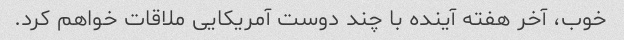
خوب، آخر هفته آینده با چند دوست آمریکایی ملاقات خواهم کرد.